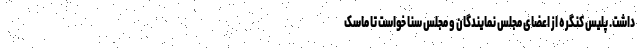
داشت. پلیس کنگره از اعضای مجلس نمایندگان و مجلس سنا خواست تا ماسک